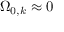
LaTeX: \Omega _ { 0 , k } \approx 0